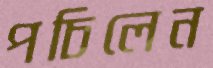
পচিলেন